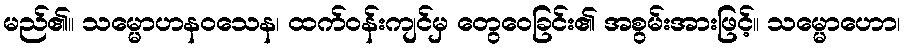
မည်၏။ သမ္မောဟနဝသေန၊ ထက်ဝန်းကျင်မှ တွေဝေခြင်း၏ အစွမ်းအားဖြင့်။ သမ္မောဟော၊